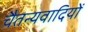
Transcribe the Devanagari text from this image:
चैतन्यवादियों